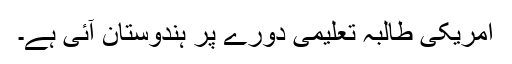
امریکی طالبہ تعلیمی دورے پر ہندوستان آئی ہے۔